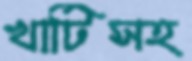
খাটিসহ